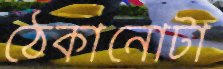
ঠেকানোটা